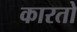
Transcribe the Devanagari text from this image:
कारतो